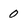
Character: 0